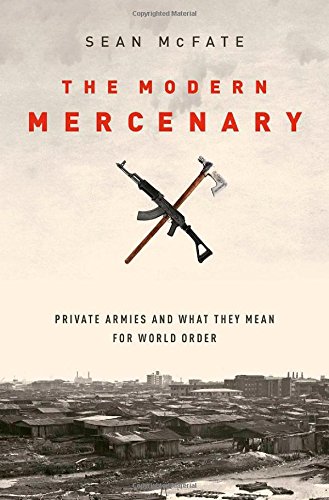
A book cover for The Modern Mercenary: Private Armies and What They Mean for World Order; Sean McFate; Business & Money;